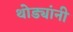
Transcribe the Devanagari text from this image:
थोड्यांनी